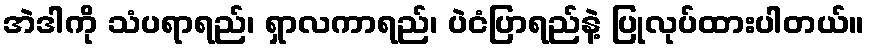
အဲဒါကို သံပရာရည်၊ ရှာလကာရည်၊ ပဲငံပြာရည်နဲ့ ပြုလုပ်ထားပါတယ်။